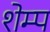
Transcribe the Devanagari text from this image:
शेम्प